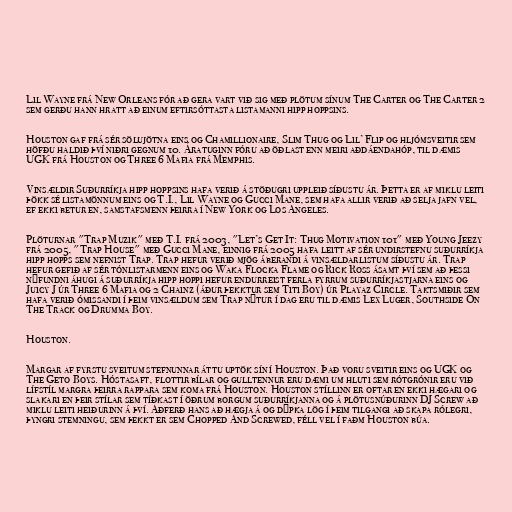
Lil Wayne frá New Orleans fór að gera vart við sig með plötum sínum The Carter og The Carter 2
sem gerðu hann hratt að einum eftirsóttasta listamanni hipp hoppsins.

Houston gaf frá sér sölujötna eins og Chamillionaire, Slim Thug og Lil’ Flip og hljómsveitir sem
höfðu haldið því niðri gegnum 10. Áratuginn fóru að öðlast enn meiri aðdáendahóp, til dæmis
UGK frá Houston og Three 6 Mafia frá Memphis.

Vinsældir Suðurríkja hipp hoppsins hafa verið á stöðugri uppleið síðustu ár. Þetta er af miklu leiti
þökk sé listamönnum eins og T.I., Lil Wayne og Gucci Mane, sem hafa allir verið að selja jafn vel,
ef ekki betur en, samstafsmenn þeirra í New York og Los Angeles.

Plöturnar "Trap Muzik" með T.I. frá 2003, "Let’s Get It: Thug Motivation 101" með Young Jeezy
frá 2005, "Trap House" með Gucci Mane, einnig frá 2005 hafa leitt af sér undirstefnu suðurríkja
hipp hopps sem nefnist Trap. Trap hefur verið mjög áberandi á vinsældarlistum síðustu ár. Trap
hefur gefið af sér tónlistarmenn eins og Waka Flocka Flame og Rick Ross ásamt því sem að þessi
nýfundni áhugi á suðurríkja hipp hoppi hefur endurreist ferla fyrrum suðurríkjastjarna eins og
Juicy J úr Three 6 Mafia og 2 Chainz (áður þekktur sem Titi Boy) úr Playaz Circle. Taktsmiðir sem
hafa verið ómissandi í þeim vinsældum sem Trap nýtur í dag eru til dæmis Lex Luger, Southside On
The Track og Drumma Boy.

Houston.

Margar af fyrstu sveitum stefnunnar áttu uptök sín í Houston. Það voru sveitir eins og UGK og
The Geto Boys. Hóstasaft, flottir bílar og gulltennur eru dæmi um hluti sem rótgrónir eru við
lífstíl margra þeirra rappara sem koma frá Houston. Houston stíllinn er oftar en ekki hægari og
slakari en þeir stílar sem tíðkast í öðrum borgum suðurríkjanna og á plötusnúðurinn DJ Screw að
miklu leiti heiðurinn á því. Aðferð hans að hægja á og dýpka lög í þeim tilgangi að skapa rólegri,
þyngri stemningu, sem þekkt er sem Chopped And Screwed, féll vel í faðm Houston búa.